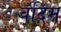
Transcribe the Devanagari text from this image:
वॅदिम